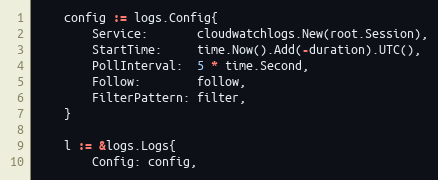
Language: Go
	config := logs.Config{
		Service:       cloudwatchlogs.New(root.Session),
		StartTime:     time.Now().Add(-duration).UTC(),
		PollInterval:  5 * time.Second,
		Follow:        follow,
		FilterPattern: filter,
	}

	l := &logs.Logs{
		Config: config,